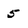
Character: 5